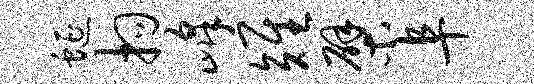
蜒拘峰雉檗阜